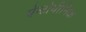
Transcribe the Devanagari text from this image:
पेन्टोथीनिक